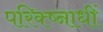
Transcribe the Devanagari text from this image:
परिक्ष्नाधीं